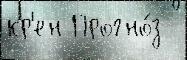
кр'ен Прогно́з